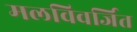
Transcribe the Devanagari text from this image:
मलविवर्जित